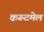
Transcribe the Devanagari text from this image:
कुरूदमेल